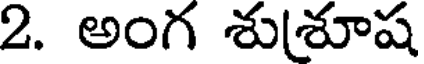
2. అంగ శుశూష